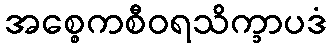
အစ္စေကစီဝရသိက္ခာပဒံ